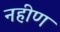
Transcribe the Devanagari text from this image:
नहीण